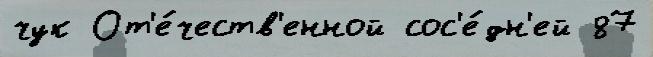
чук От'е́честв'енной сос'е́дн'ей 87